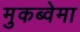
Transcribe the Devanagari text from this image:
मुकब्वेमा